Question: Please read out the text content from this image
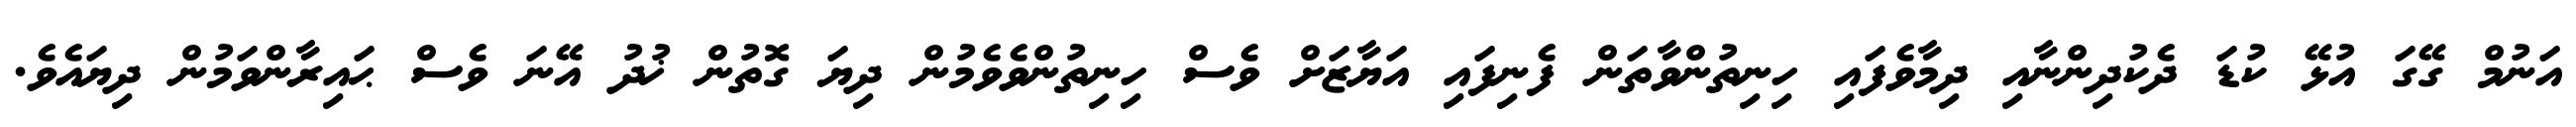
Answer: އަނުމް ގޭގަ އުޅޭ ކުޑަ ދެކުދިންނާއި ދިމާވެފައި ހިނިތުންވާތަން ފެނިފައި އަޔާޒަށް ވެސް ހިނިތުންވެވެމުން ދިޔަ ގޮތުން ޚުދު އޭނަ ވެސް ޙައިރާންވަމުން ދިޔައެވެ.